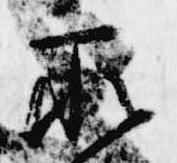
所